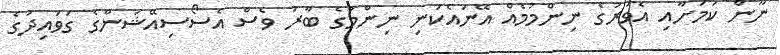
ނޫން ކަމަށާއި އެވަރުގެ ނިންމުމެއް އޭނައެކަނި ނިންމުގެ ބާރު ވެސް އެސޯސިއޭޝަންގެ ގަވައިދުގެ